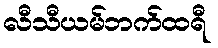
လီသီယမ်ဘက်ထရီ